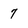
Character: 7